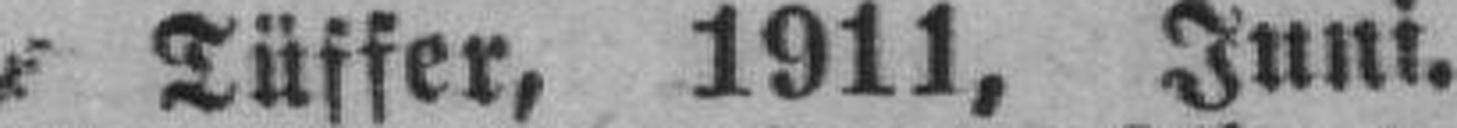
Tüffer, 1911, Juni.